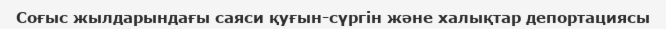
Соғыс жылдарындағы саяси қуғын-сүргін және халықтар депортациясы